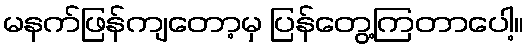
မနက်ဖြန်ကျတော့မှ ပြန်တွေ့ကြတာပေါ့။